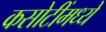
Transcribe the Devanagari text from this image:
कसोटींमध्ये